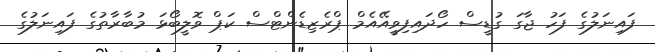
ފައިނަލުގެ ފަހު ޖާގަ ގުޑީސް ހޯދައިފިވީއޭއެމް ޕްރެޒިޑެންޓްސް ކަޕް ވޮލީބޯޅަ މުބާރާތުގެ ފައިނަލުގެ